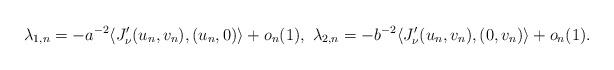
LaTeX: \begin{align*}\lambda_{1,n}=-a^{-2}\langle J'_\nu(u_n,v_n),(u_n,0)\rangle+o_n(1),\ \lambda_{2,n}=-b^{-2}\langle J'_\nu(u_n,v_n),(0,v_n)\rangle+o_n(1).\end{align*}